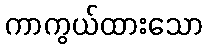
ကာကွယ်ထားသော